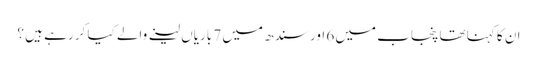
ان کا کہنا تھا پنجاب میں 6 اور سندھ میں 7 باریاں لینے والے کیا کر رہے ہیں ؟